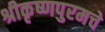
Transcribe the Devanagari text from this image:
श्रीकृष्णपुरमचे